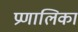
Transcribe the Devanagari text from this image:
प्रणालिका